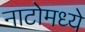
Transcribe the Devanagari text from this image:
नाटोमध्ये